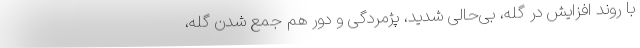
با روند افزایش در گله، بی‌حالی شدید، پژمردگی و دور هم جمع شدن گله،